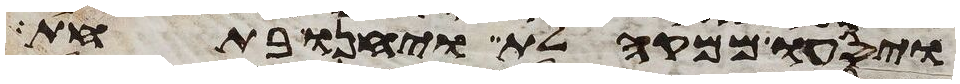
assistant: ויסעו ממקהלת ויחנו בתחת